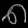
Digit: ၈